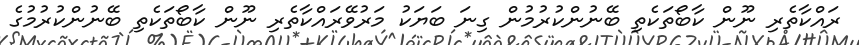
ރައްކާތެރި ނޫން ކާބޯތަކެތި ބޭނުންކުރުމުން ގިނަ ބަޔަކު މަރުވޭރައްކާތެރި ނޫން ކާބޯތަކެތި ބޭނުންކުރުމުގެ